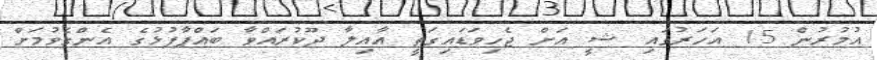
އުމުރުން 15 އަހަރުގައި ޝީ އަށް ޖެހިވަޑައިގަތީ އާއިލާ ދޫކުރައްވާ ބައްޕާފުޅުގެ އެންގެވުމަށް